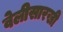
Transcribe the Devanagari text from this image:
वेलीसारखी